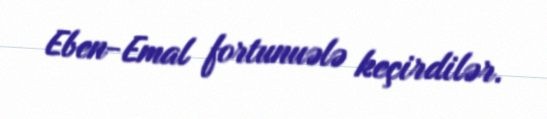
Eben-Emal fortunuələ keçirdilər.